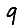
Digit: 9